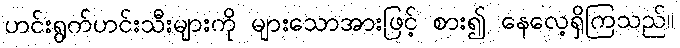
ဟင်းရွက်ဟင်းသီးများကို များသောအားဖြင့် စား၍ နေလေ့ရှိကြသည်။